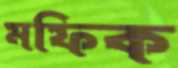
মফিক